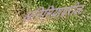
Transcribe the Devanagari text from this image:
अनिमियावरील